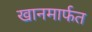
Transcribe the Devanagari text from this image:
खानमार्फत